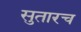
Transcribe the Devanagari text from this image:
सुतारच